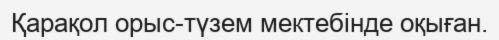
Қарақол орыс-түзем мектебінде оқыған.